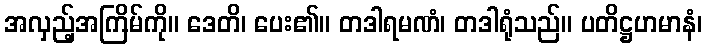
အလှည့်အကြိမ်ကို။ ဒေတိ၊ ပေး၏။ တဒါရမဏံ၊ တဒါရုံသည်။ ပတိဋ္ဌဟမာနံ၊